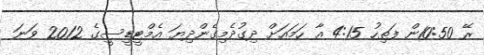
ރޭ 10:50ން ފަތިހު 4:15 އާ ހަމައަށް ދިގުދެމިގެންދިޔަ އެމްޓީޑީސީގެ 2012 ވަނަ